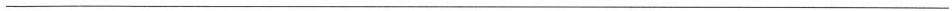
___